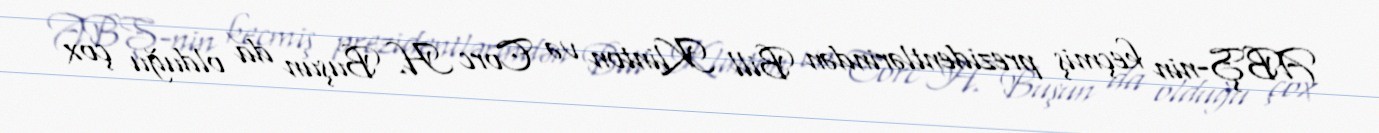
ABŞ-nin keçmiş prezidentlərindən Bill Klinton və Corc H. Buşun da olduğu çox